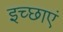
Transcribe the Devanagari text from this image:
इच्‍छाएं